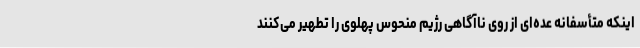
اینکه متأسفانه عده‌ای از روی ناآگاهی رژیم منحوس پهلوی را تطهیر می‌کنند